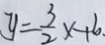
y = \frac { 3 } { 2 } x + 6 .